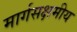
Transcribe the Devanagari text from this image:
मार्गसक्षमीय